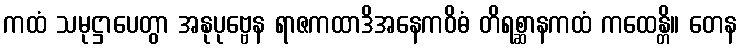
ကထံ သမုဋ္ဌာပေတွာ အနုပုဗ္ဗေန ရာဇကထာဒိအနေကဝိဓံ တိရစ္ဆာနကထံ ကထေန္တိ။ တေန